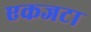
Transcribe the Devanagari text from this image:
एकजटा